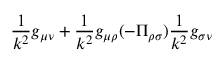
\frac { 1 } { k ^ { 2 } } g _ { \mu \nu } + \frac { 1 } { k ^ { 2 } } g _ { \mu \rho } ( - \Pi _ { \rho \sigma } ) \frac { 1 } { k ^ { 2 } } g _ { \sigma \nu }